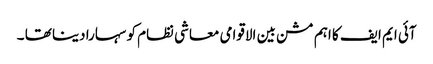
آئی ایم ایف کا اہم مشن بین الاقوامی معاشی نظام کو سہارا دینا تھا ۔